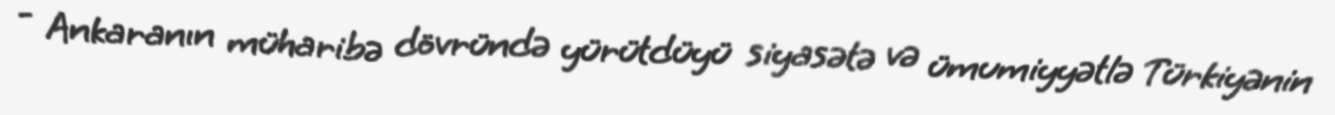
- Ankaranın müharibə dövründə yürütdüyü siyasətə və ümumiyyətlə Türkiyənin